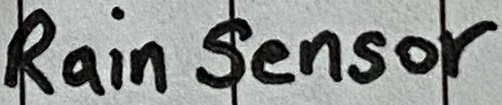
Text: Rain Sensor